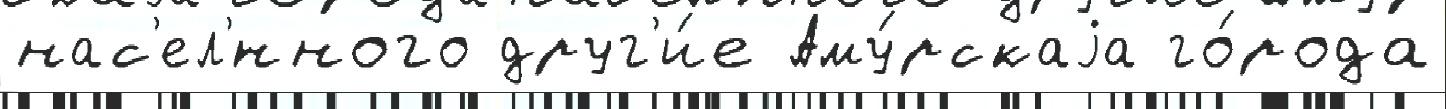
нас'ел'́нного друг'и́е Аму́рскаjа го́рода